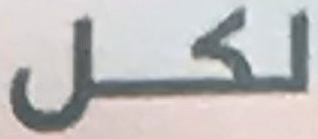
لكل